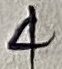
Text: 4